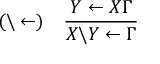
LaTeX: ( \backslash \leftarrow ) \quad { \frac { Y \leftarrow X \Gamma } { X \backslash Y \leftarrow \Gamma } }